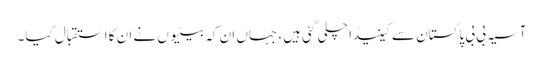
آسیہ بی بی پاکستان سے کینیڈا چلی گئی ہیں، جہاں ان کہ بیٹیوں نے ان کا استقبال کیا۔